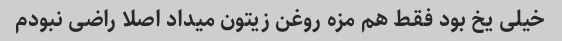
خیلی یخ بود فقط هم مزه روغن زیتون میداد اصلا راضی نبودم